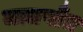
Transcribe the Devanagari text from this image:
जातपाँत